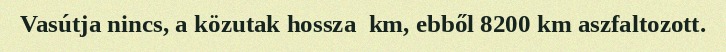
Vasútja nincs, a közutak hossza  km, ebből 8200 km aszfaltozott.